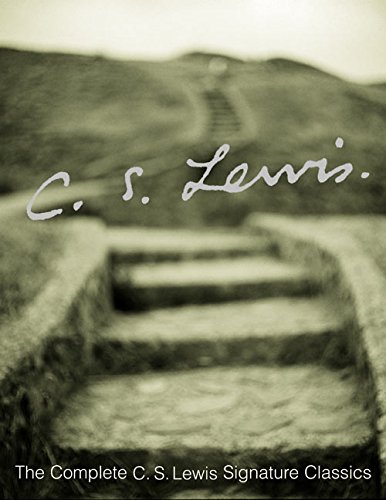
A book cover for The Complete C.S. Lewis Signature Classics; C. S. Lewis; Literature & Fiction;